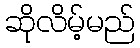
ဆိုလိမ့်မည်